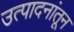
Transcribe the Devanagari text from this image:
उत्पादनांतून